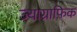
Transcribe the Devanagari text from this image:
ज्याग्राफ़िक